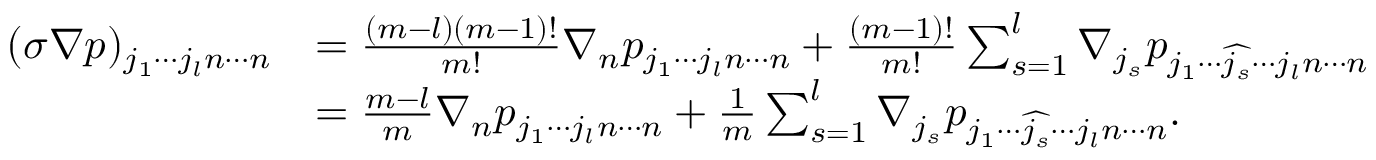
\begin{array} { r l } { ( \sigma \nabla p ) _ { j _ { 1 } \cdots j _ { l } n \cdots n } } & { = \frac { ( m - l ) ( m - 1 ) ! } { m ! } \nabla _ { n } p _ { j _ { 1 } \cdots j _ { l } n \cdots n } + \frac { ( m - 1 ) ! } { m ! } \sum _ { s = 1 } ^ { l } \nabla _ { j _ { s } } p _ { j _ { 1 } \cdots \widehat { j _ { s } } \cdots j _ { l } n \cdots n } } \\ & { = \frac { m - l } { m } \nabla _ { n } p _ { j _ { 1 } \cdots j _ { l } n \cdots n } + \frac { 1 } { m } \sum _ { s = 1 } ^ { l } \nabla _ { j _ { s } } p _ { j _ { 1 } \cdots \widehat { j _ { s } } \cdots j _ { l } n \cdots n } . } \end{array}